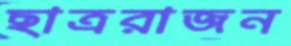
ছাত্ররাজন